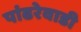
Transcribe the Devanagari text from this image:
पांढरेवाडी